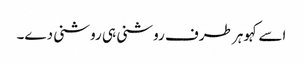
اسے کہو ہر طرف روشنی ہی روشنی دے۔